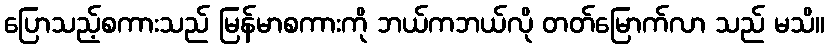
ပြောသည့်စကားသည် မြန်မာစကားကို ဘယ်ကဘယ်လို တတ်မြောက်လာ သည် မသိ။